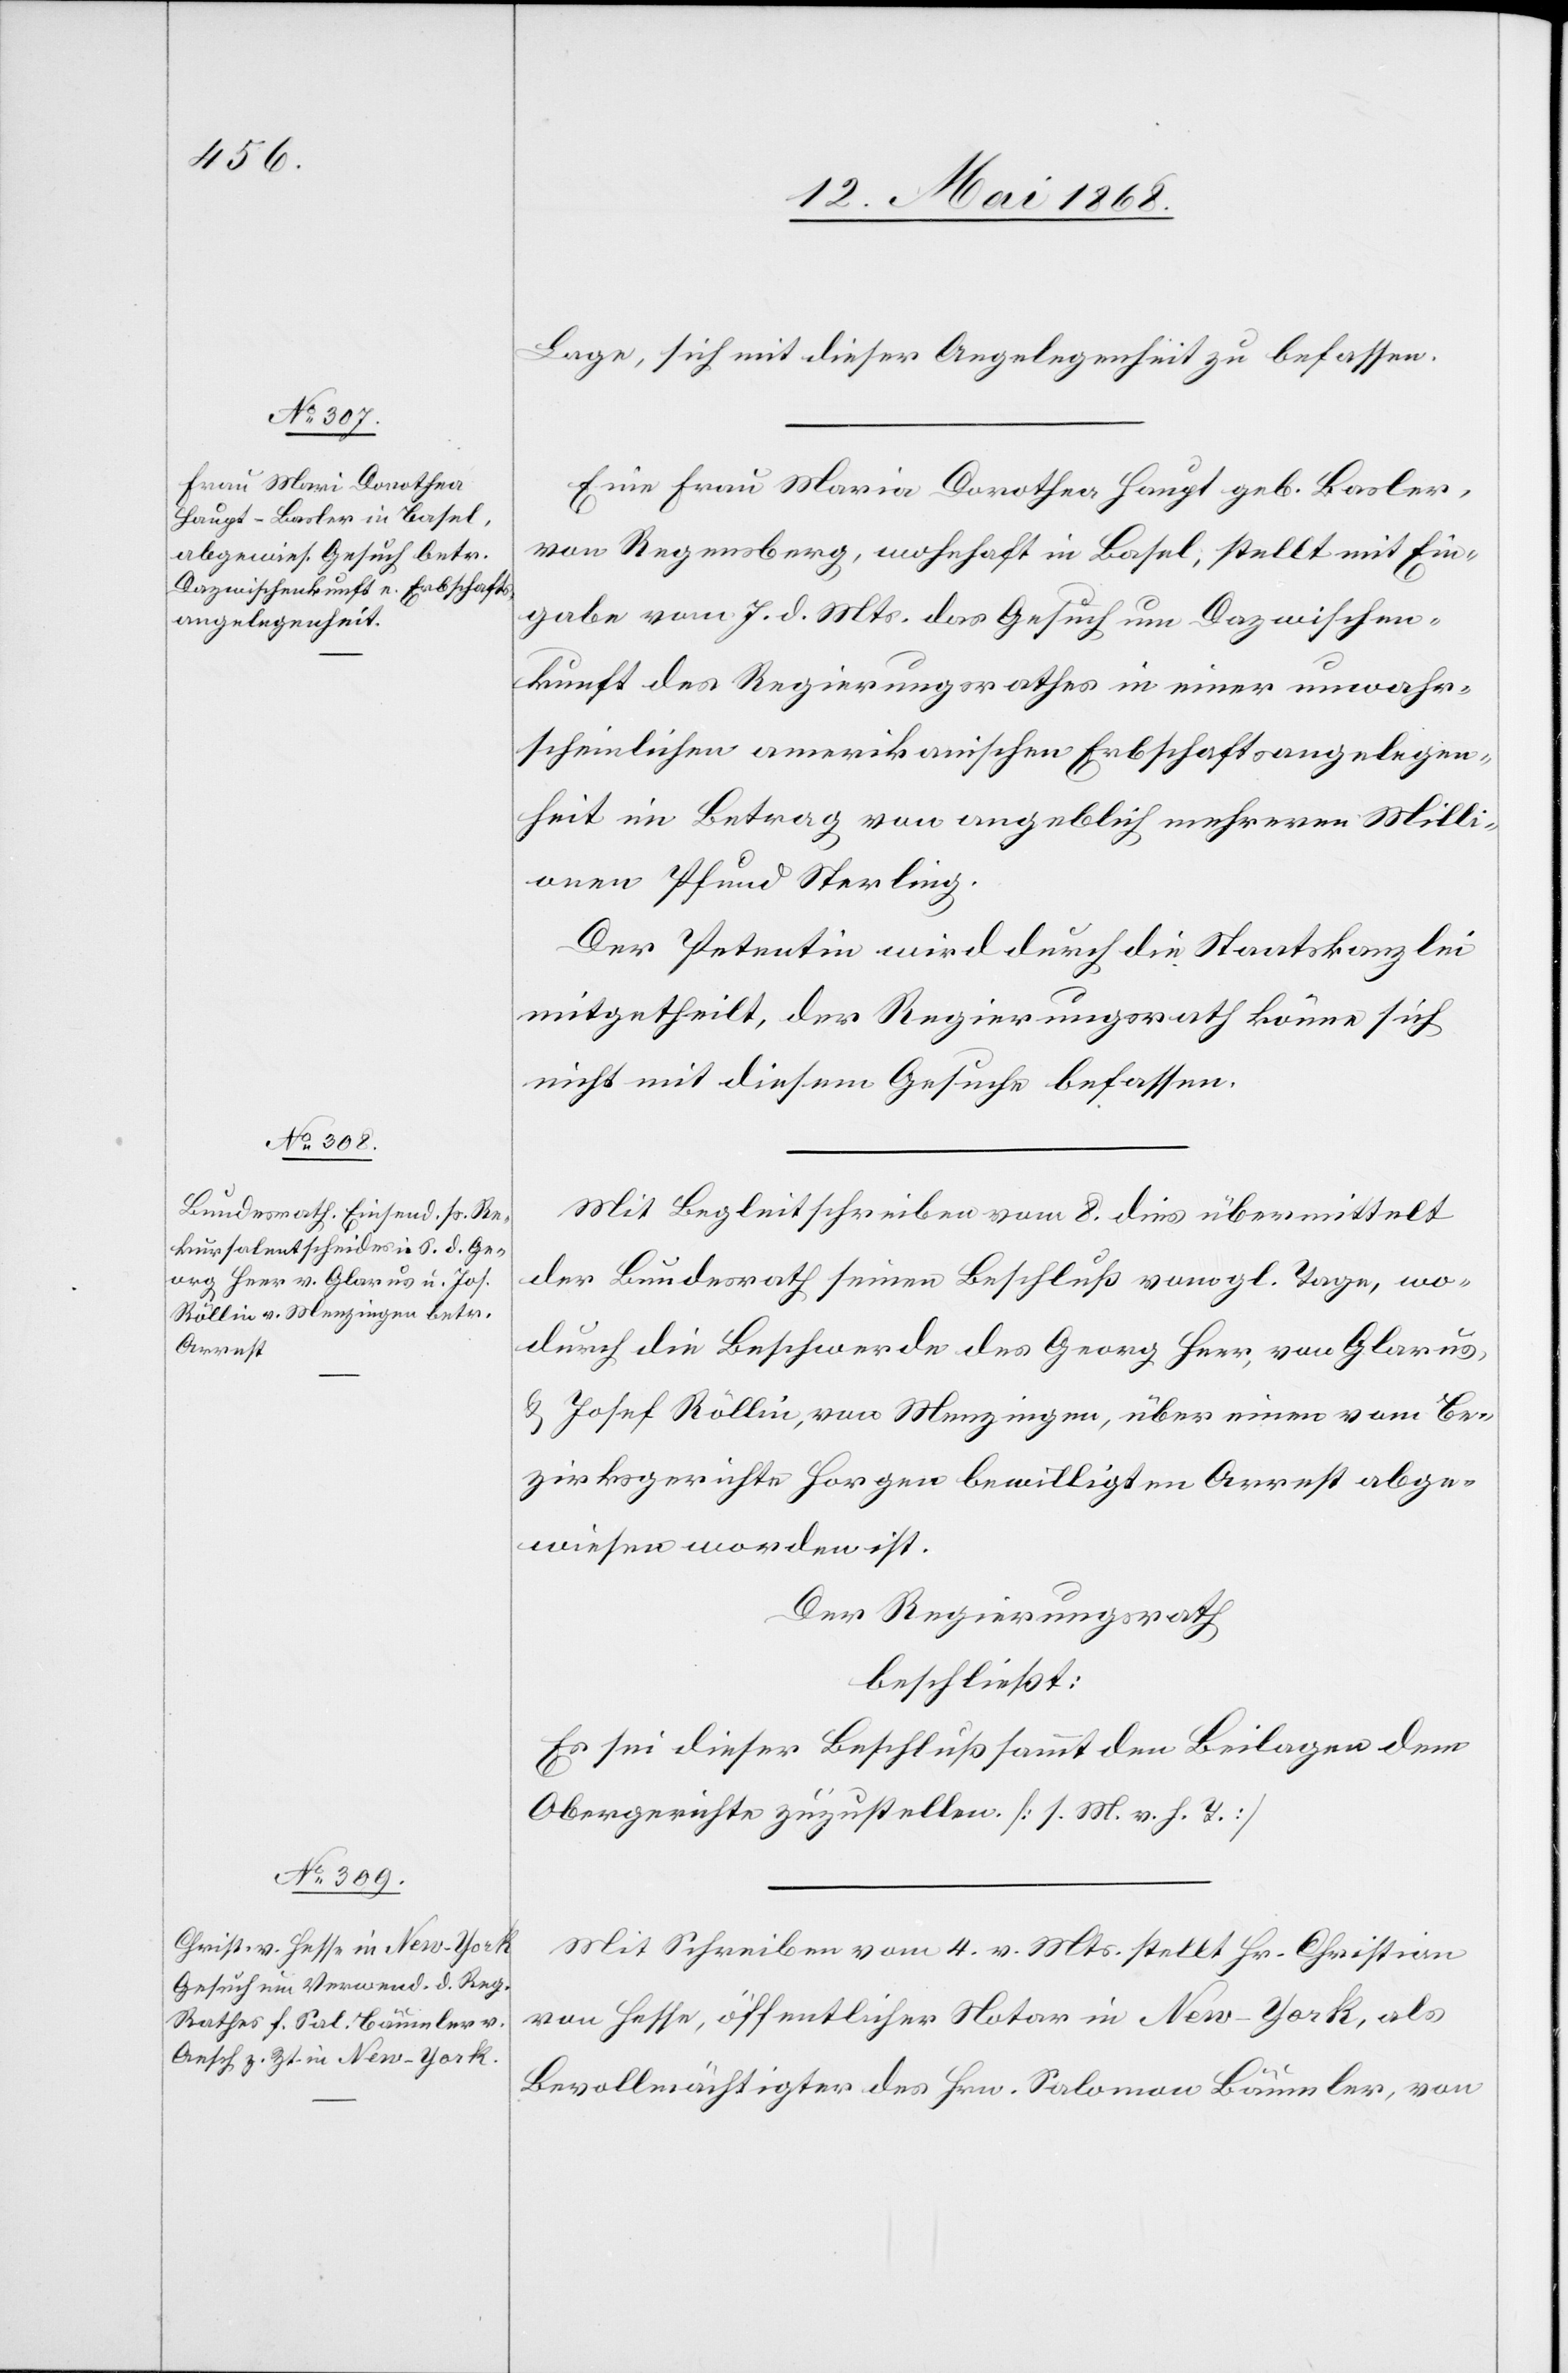
Lage, sich mit dieser Angelegenheit zu befassen.
Eine Frau Maria Dorothea Haupt geb. Basler,
von Regensberg, wohnhaft in Basel, stellt mit Ein¬
gabe vom 7. d. Mts. das Gesuch um Dazwischen¬
kunft des Regierungsrathes in einer unwahr¬
scheinlichen amerikanischen Erbschaftsangelegen¬
heit im Betrag von angeblich mehreren Milli¬
onen Pfund Sterling.
Der Petentin wird durch die Staatskanzlei
mitgetheilt, der Regierungsrath könne sich
nicht mit diesem Gesuche befassen.
Mit Begleitschreiben vom 8. dies übermittelt
der Bundesrath seinen Beschluß vom gl. Tage, wo¬
durch die Beschwerde des Georg Heer, von Glarus,
& Josef Röllin, von Menzingen, über einen vom Be¬
zirksgerichte Horgen bewilligten Arrest abge¬
wiesen worden ist.
Der Regierungsrath
beschließt:
Es sei dieser Beschluß sammt den Beilagen dem
Obergerichte zuzustellen. [l. M. v. h. T.]
Mit Schreiben vom 4. v. Mts. stellt Hr. Christian
von Hesse, öffentlicher Notar in New-York, als
Bevollmächtigter des Hrn. Salomon Bäumler, von